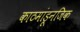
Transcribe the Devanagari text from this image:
काठमांडूनजिक